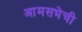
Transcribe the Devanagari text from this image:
आमसभेची